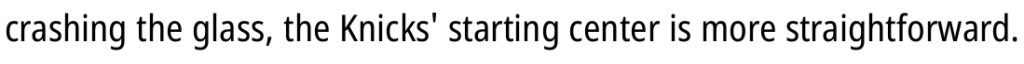
crashing the glass, the Knicks' starting center is more straightforward.